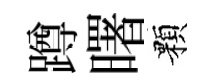
蹲曙顆